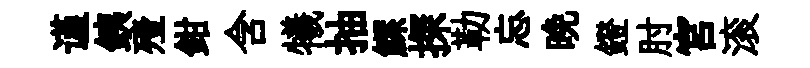
谨銕殪鉗含犧抽鰥探勒忘晩鐙肘宮滚